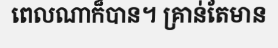
ពេលណាក៏បាន។ គ្រាន់តែមាន